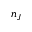
n _ { J }